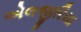
એલજીરિયા